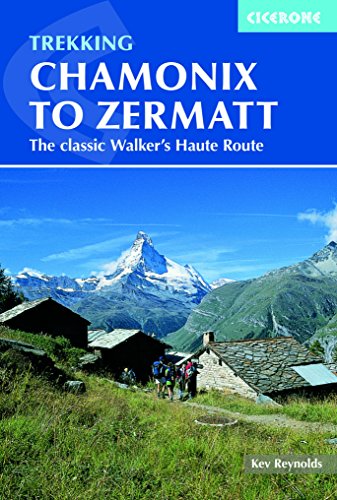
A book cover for Trekking Chamonix to Zermatt: The Classic Walker's Haute Route; Kev Reynolds; Travel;